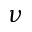
\nu